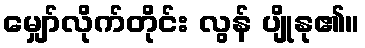
မျှော်လိုက်တိုင်း လွန် ပျိုနု၏။